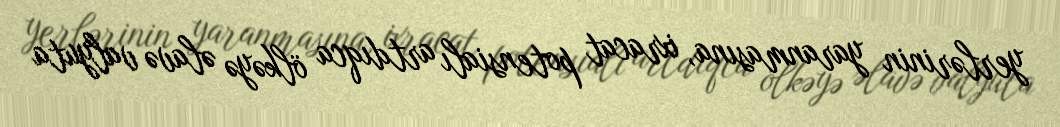
yerlərinin yaranmasına, ixracat potensialı artdıqca ölkəyə əlavə valyuta